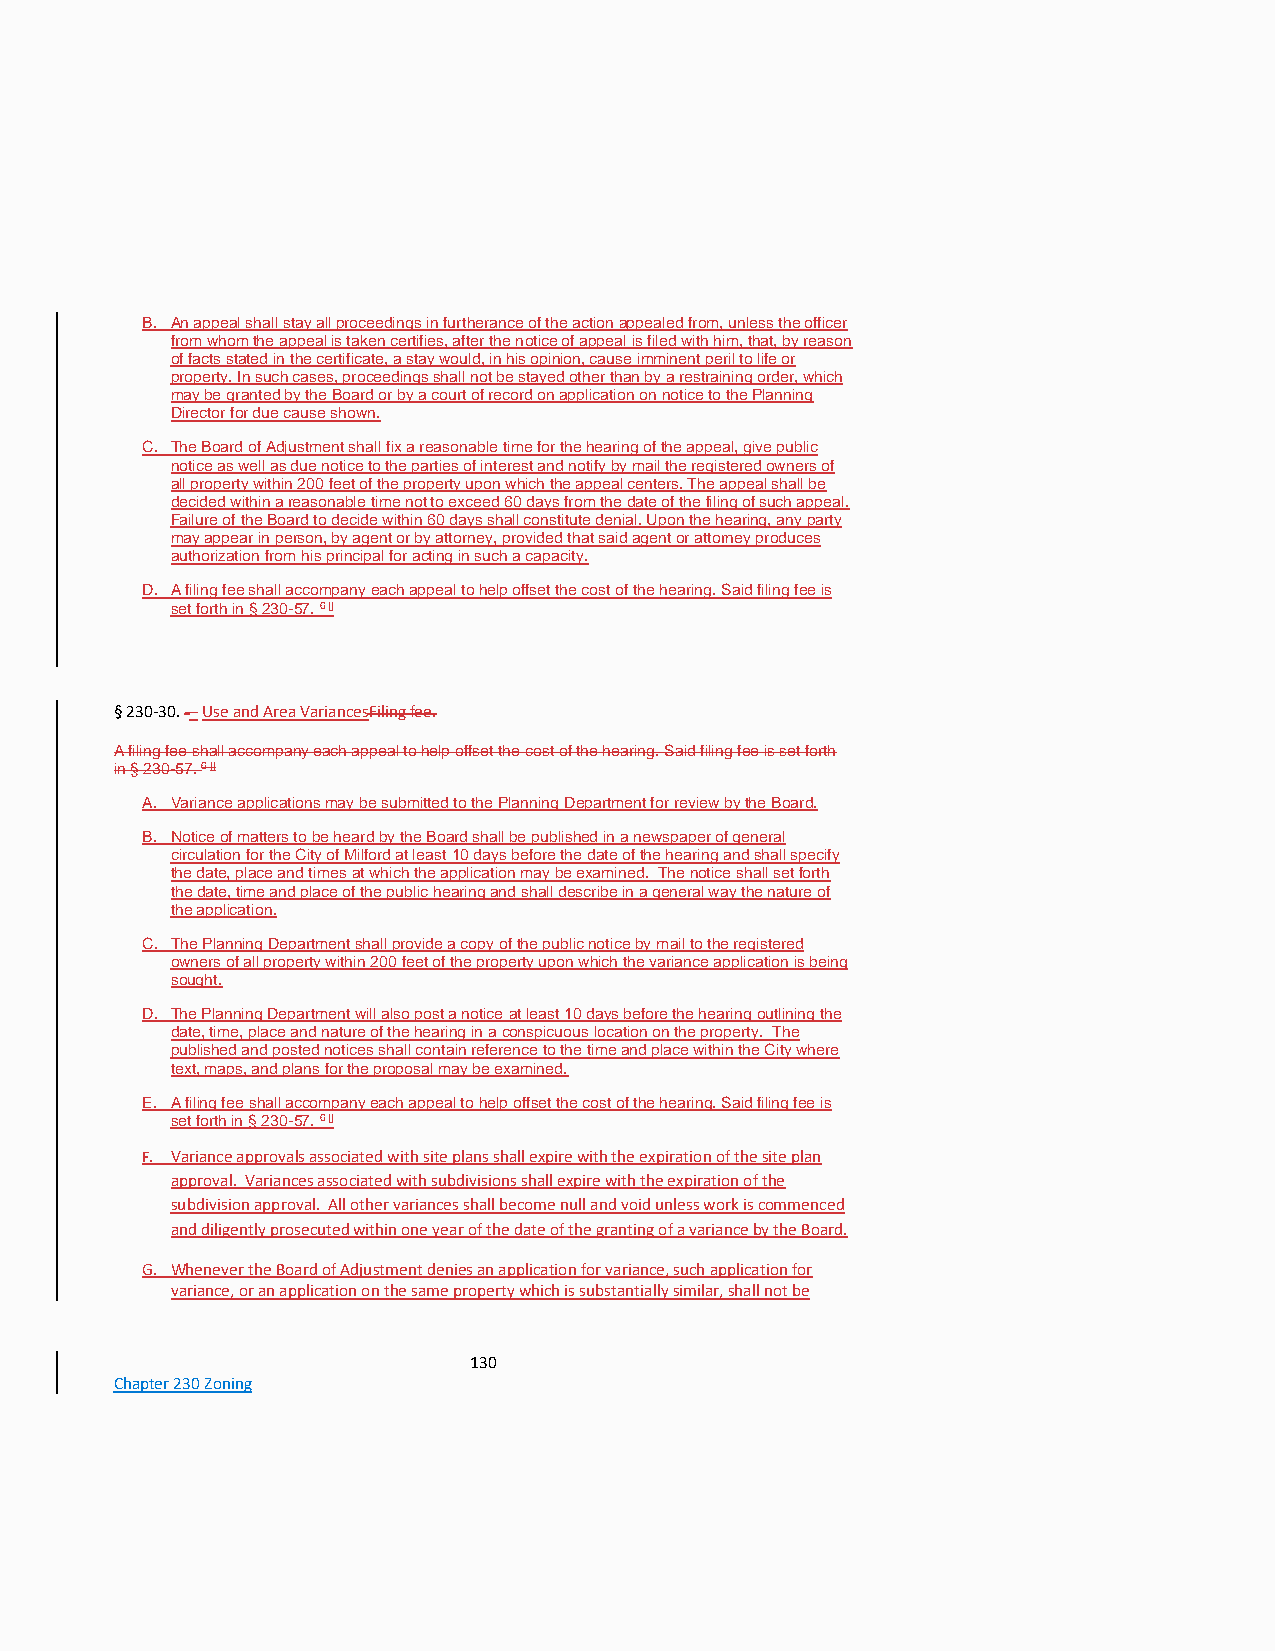
B. An appeal shall stay all proceedings in furtherance of the action appealed from, unless the officer
 from whom the appeal is taken certifies, after the notice of appeal is filed with him, that, by reason
 of facts stated in the certificate, a stay would, in his opinion, cause imminent peril to life or
 property. In such cases, proceedings shall not be stayed other than by a restraining order, which
 may be granted by the Board or by a court of record on application on notice to the Planning
 Director for due cause shown.
 C. The Board of Adjustment shall fix a reasonable time for the hearing of the appeal, give public
 notice as well as due notice to the parties of interest and notify by mail the registered owners of
 all property within 200 feet of the property upon which the appeal centers. The appeal shall be
 decided within a reasonable time not to exceed 60 days from the date of the filing of such appeal.
 Failure of the Board to decide within 60 days shall constitute denial. Upon the hearing, any party
 may appear in person, by agent or by attorney, provided that said agent or attorney produces
 authorization from his principal for acting in such a capacity.
 D. A filing fee shall accompany each appeal to help offset the cost of the hearing. Said filing fee is
 set forth in § 230-57. 6 []
 § 230-30. -– Use and Area VariancesFiling fee.
 A filing fee shall accompany each appeal to help offset the cost of the hearing. Said filing fee is set forth
 in § 230-57. 6 []
 A. Variance applications may be submitted to the Planning Department for review by the Board.
 B. Notice of matters to be heard by the Board shall be published in a newspaper of general
 circulation for the City of Milford at least 10 days before the date of the hearing and shall specify
 the date, place and times at which the application may be examined. The notice shall set forth
 the date, time and place of the public hearing and shall describe in a general way the nature of
 the application.
 C. The Planning Department shall provide a copy of the public notice by mail to the registered
 owners of all property within 200 feet of the property upon which the variance application is being
 sought.
 D. The Planning Department will also post a notice at least 10 days before the hearing outlining the
 date, time, place and nature of the hearing in a conspicuous location on the property. The
 published and posted notices shall contain reference to the time and place within the City where
 text, maps, and plans for the proposal may be examined.
 E. A filing fee shall accompany each appeal to help offset the cost of the hearing. Said filing fee is
 set forth in § 230-57. 6 []
 F. Variance approvals associated with site plans shall expire with the expiration of the site plan
 approval. Variances associated with subdivisions shall expire with the expiration of the
 subdivision approval. All other variances shall become null and void unless work is commenced
 and diligently prosecuted within one year of the date of the granting of a variance by the Board.
 G. Whenever the Board of Adjustment denies an application for variance, such application for
 variance, or an application on the same property which is substantially similar, shall not be
 130
 Chapter 230 Zoning